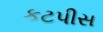
કટપીસ